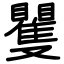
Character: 矍